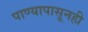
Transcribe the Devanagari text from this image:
पाण्यापासूनही